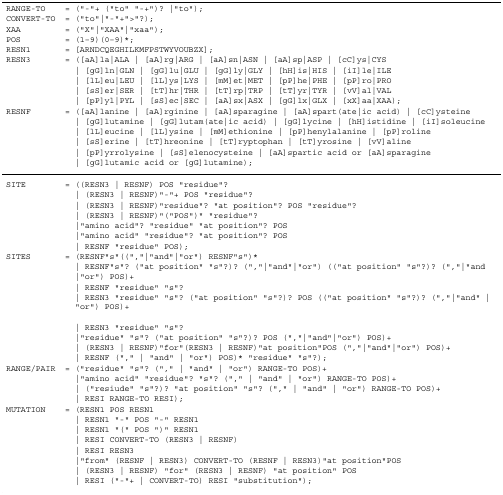
<table><thead><tr><td><b>RANGE-TO</b></td><td><b>= (&quot;-&quot;+ (&quot;to&quot; &quot;-+&quot;)? |&quot;to&quot;);</b></td></tr><tr><td><b>CONVERT-TO</b></td><td><b>= (&quot;to&quot;|&quot;-&quot;+&quot;&gt;&quot;?);</b></td></tr><tr><td><b>XAA</b></td><td><b>= (&quot;X&quot;|&quot;XAA&quot;|&quot;xaa&quot;);</b></td></tr><tr><td><b>POS</b></td><td><b>= (1–9)(0–9)*;</b></td></tr><tr><td><b>RESN1</b></td><td><b>= [ARNDCQEGHILKMFPSTWYVOUBZX];</b></td></tr><tr><td><b>RESN3</b></td><td><b>= ([aA]la|ALA | [aA]rg|ARG | [aA]sn|ASN | [aA]sp|ASP | [cC]ys|CYS</b></td></tr><tr><td></td><td><b> | [gG]ln|GLN | [gG]lu|GLU | [gG]ly|GLY | [hH]is|HIS | [iI]le|ILE</b></td></tr><tr><td></td><td><b> | [lL]eu|LEU | [lL]ys|LYS | [mM]et|MET | [pP]he|PHE | [pP]ro|PRO</b></td></tr><tr><td></td><td><b> | [sS]er|SER | [tT]hr|THR | [tT]rp|TRP | [tT]yr|TYR | [vV]al|VAL</b></td></tr><tr><td></td><td><b> | [pP]yl|PYL | [sS]ec|SEC | [aA]sx|ASX | [gG]lx|GLX | [xX]aa|XAA);</b></td></tr><tr><td><b>RESNF</b></td><td><b>= ([aA]lanine | [aA]rginine | [aA]sparagine | [aA]spart(ate|ic acid) | [cC]ysteine</b></td></tr><tr><td></td><td><b> | [gG]lutamine | [gG]lutam(ate|ic acid) | [gG]lycine | [hH]istidine | [iI]soleucine</b></td></tr><tr><td></td><td><b> | [lL]eucine | [lL]ysine | [mM]ethionine | [pP]henylalanine | [pP]roline</b></td></tr><tr><td></td><td><b> | [sS]erine | [tT]hreonine | [tT]ryptophan | [tT]yrosine | [vV]aline</b></td></tr><tr><td></td><td><b> | [pP]yrrolysine | [sS]elenocysteine | [aA]spartic acid or [aA]sparagine</b></td></tr><tr><td></td><td><b> | [gG]lutamic acid or [gG]lutamine);</b></td></tr></thead><tbody><tr><td>SITE</td><td>= ((RESN3 | RESNF) POS &quot;residue&quot;?</td></tr><tr><td></td><td> | (RESN3 | RESNF)&quot;-&quot;+ POS &quot;residue&quot;?</td></tr><tr><td></td><td> | (RESN3 | RESNF)&quot;residue&quot;? &quot;at position&quot;? POS &quot;residue&quot;?</td></tr><tr><td></td><td> | (RESN3 | RESNF)&quot;(&quot;POS&quot;)&quot; &quot;residue&quot;?</td></tr><tr><td></td><td> |&quot;amino acid&quot;? &quot;residue&quot; &quot;at position&quot;? POS</td></tr><tr><td></td><td> |&quot;amino acid&quot; &quot;residue&quot;? &quot;at position&quot;? POS</td></tr><tr><td></td><td> | RESNF &quot;residue&quot; POS);</td></tr><tr><td>SITES</td><td>= (RESNF&quot;s&quot;((&quot;,&quot;|&quot;and&quot;|&quot;or&quot;) RESNF&quot;s&quot;)*</td></tr><tr><td></td><td> | RESNF&quot;s&quot;? (&quot;at position&quot; &quot;s&quot;?)? (&quot;,&quot;|&quot;and&quot;|&quot;or&quot;) ((&quot;at position&quot; &quot;s&quot;?)? (&quot;,&quot;|&quot;and</td></tr><tr><td></td><td> |&quot;or&quot;) POS)+</td></tr><tr><td></td><td> | RESNF &quot;residue&quot; &quot;s&quot;?</td></tr><tr><td></td><td> | RESN3 &quot;residue&quot; &quot;s&quot;? (&quot;at position&quot; &quot;s&quot;?)? POS ((&quot;at position&quot; &quot;s&quot;?)? (&quot;,&quot;|&quot;and&quot; | &quot;or&quot;) POS)+</td></tr><tr><td></td><td> | RESN3 &quot;residue&quot; &quot;s&quot;?</td></tr><tr><td></td><td> |&quot;residue&quot; &quot;s&quot;? (&quot;at position&quot; &quot;s&quot;?)? POS (&quot;,&quot;|&quot;and&quot;|&quot;or&quot;) POS)+</td></tr><tr><td></td><td> | (RESN3 | RESNF)&quot;for&quot;(RESN3 | RESNF)&quot;at position&quot;POS (&quot;,&quot;|&quot;and&quot;|&quot;or&quot;) POS)+</td></tr><tr><td></td><td> | RESNF (&quot;,&quot; | &quot;and&quot; | &quot;or&quot;) POS)* &quot;residue&quot; &quot;s&quot;?);</td></tr><tr><td>RANGE/PAIR</td><td>= (&quot;residue&quot; &quot;s&quot;? (&quot;,&quot; | &quot;and&quot; | &quot;or&quot;) RANGE-TO POS)+</td></tr><tr><td></td><td> |&quot;amino acid&quot; &quot;residue&quot;? &quot;s&quot;? (&quot;,&quot; | &quot;and&quot; | &quot;or&quot;) RANGE-TO POS)+</td></tr><tr><td></td><td> | (&quot;resiude&quot; &quot;s&quot;?)? &quot;at position&quot; &quot;s&quot;? (&quot;,&quot; | &quot;and&quot; | &quot;or&quot;) RANGE-TO POS)+</td></tr><tr><td></td><td> | RESI RANGE-TO RESI);</td></tr><tr><td>MUTATION</td><td>= (RESN1 POS RESN1</td></tr><tr><td></td><td> | RESN1 &quot;-&quot; POS &quot;-&quot; RESN1</td></tr><tr><td></td><td> | RESN1 &quot;(&quot; POS &quot;)&quot; RESN1</td></tr><tr><td></td><td> | RESI CONVERT-TO (RESN3 | RESNF)</td></tr><tr><td></td><td> | RESI RESN3</td></tr><tr><td></td><td> |&quot;from&quot; (RESNF | RESN3) CONVERT-TO (RESNF | RESN3)&quot;at position&quot;POS</td></tr><tr><td></td><td> | (RESN3 | RESNF) &quot;for&quot; (RESN3 | RESNF) &quot;at position&quot; POS</td></tr><tr><td></td><td> | RESI (&quot;-&quot;+ | CONVERT-TO) RESI &quot;substitution&quot;);</td></tr></tbody></table>